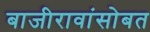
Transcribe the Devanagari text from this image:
बाजीरावांसोबत